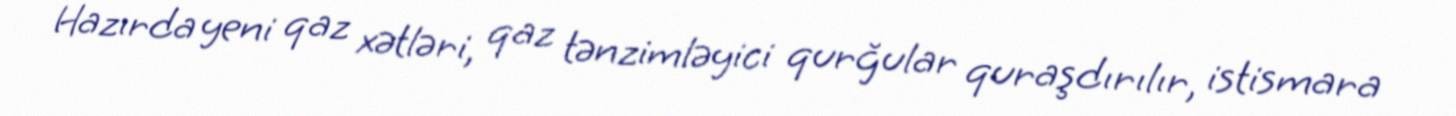
Hazırda yeni qaz xətləri, qaz tənzimləyici qurğular quraşdırılır, istismara